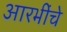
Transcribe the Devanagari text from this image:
आरभींचे